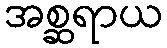
အစ္ဆရာယ